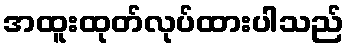
အထူးထုတ်လုပ်ထားပါသည်